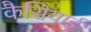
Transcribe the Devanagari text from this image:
कैसियाई